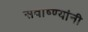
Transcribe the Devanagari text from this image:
सवाष्ण्यांनी